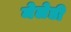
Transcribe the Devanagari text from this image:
मेलेडी